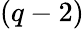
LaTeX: (q-2)